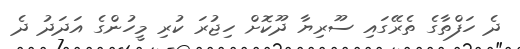
ދެ ހަފްތާގެ ތެރޭގައި ސޫރިޔާ ދޫކޮށް ހިޖުރަ ކުރި މީހުންގެ އަދަދު ދެ